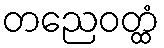
တညေဝတ္ထံ